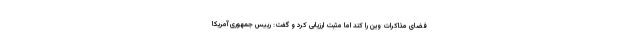
فضای مذاکرات وین را کند اما مثبت ارزیابی کرد و گفت: رییس جمهوری آمریکا